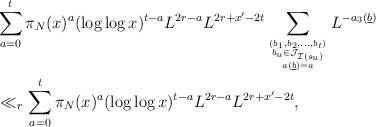
\begin{align*}& \sum_{a=0}^t \pi_N(x)^a (\log \log x)^{t-a} L^{2r - a}L^{2r + x' - 2t} \sum_{(b_1,b_2,\dots,b_{t}) \atop {b_u \in \mathcal J_{\mathcal I(s_u)} \atop {a(\underline{b}) = a}}}L^{-a_3(\underline{b})} \\&\ll_r \sum_{a=0}^t \pi_N(x)^a (\log \log x)^{t-a} L^{2r - a}L^{2r + x' - 2t},\end{align*}